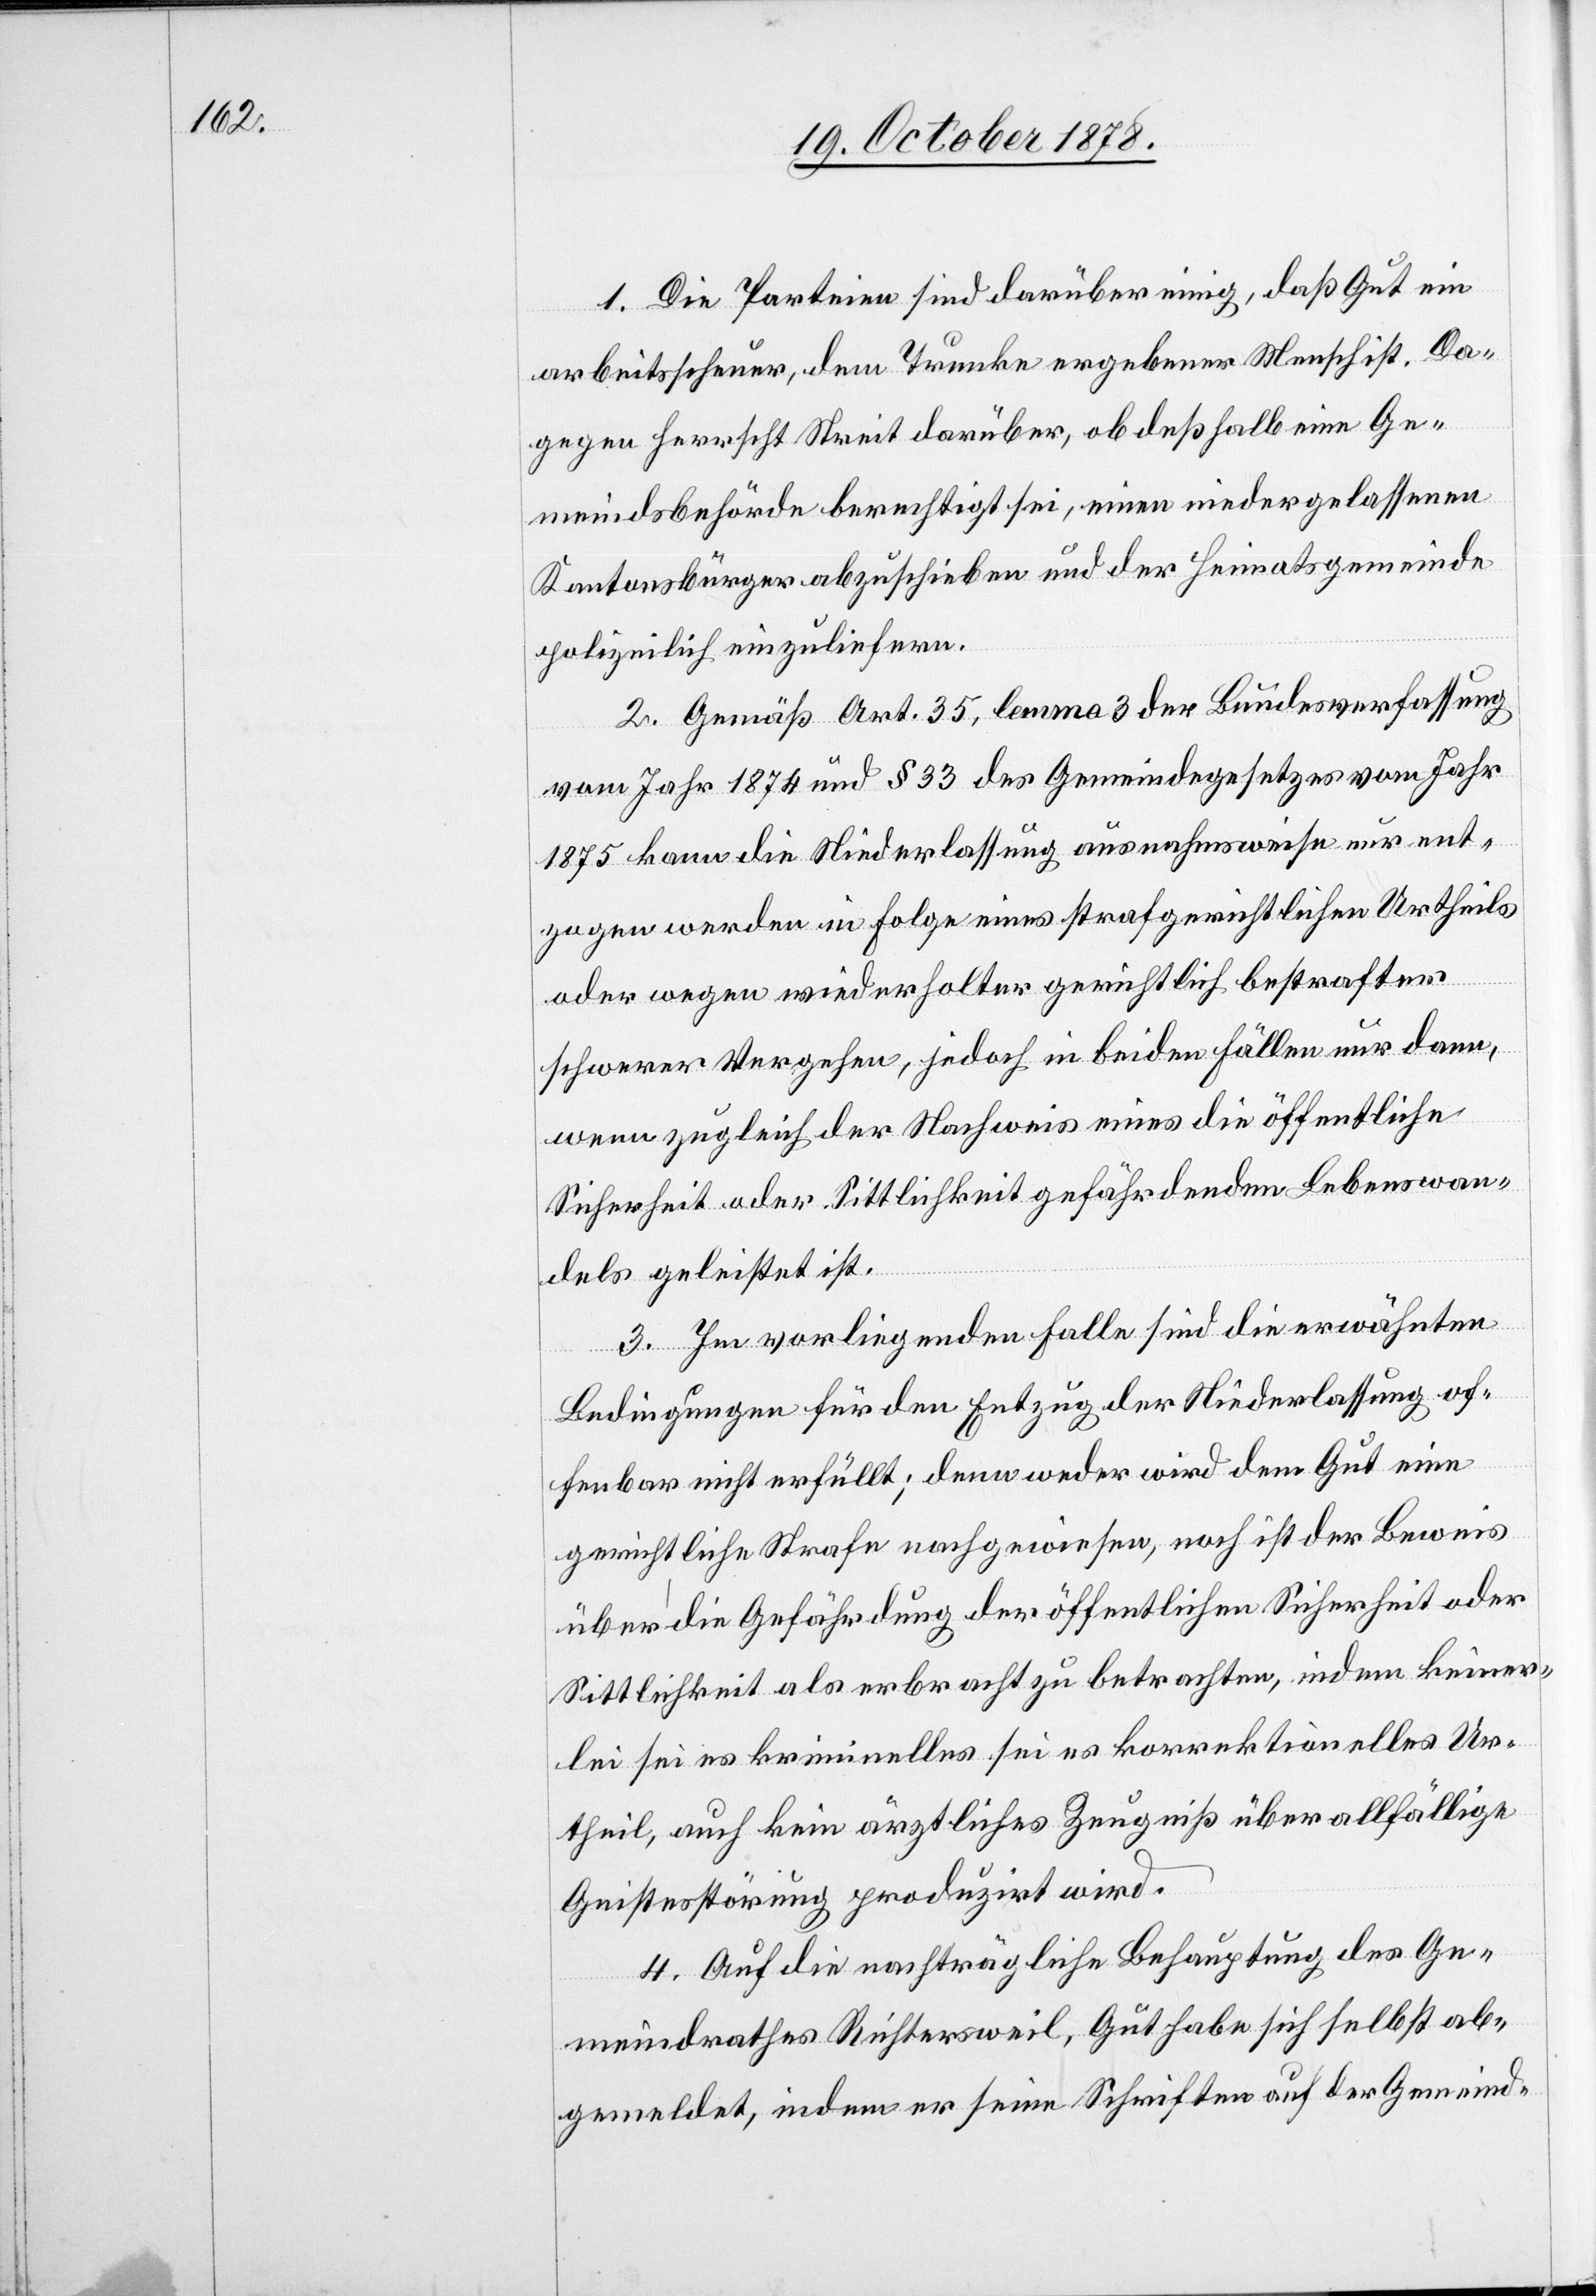
1. Die Parteien sind darüber einig, daß Gut ein
arbeitsscheuer, dem Trunke ergebener Mensch ist. Da¬
gegen herrscht Streit darüber, ob deßhalb eine Ge¬
meindsbehörde berechtigt sei, einen niedergelassenen
Kantonsbürger abzuschieben und der Heimatsgemeinde
polizeilich einzuliefern.
2. Gemäß Art. 35, lemma 3 der Bundesverfassung
vom Jahr 1874 und § 33 des Gemeindegesetzes vom Jahr
1875 kann die Niederlassung ausnahmsweise nur ent¬
zogen werden in Folge eines strafgerichtlichen Urtheils
oder wegen wiederholter gerichtlich bestrafter
schwerer Vergehen, jedoch in beiden Fällen nur dann,
wenn zugleich der Nachweis eines die öffentliche
Sicherheit oder Sittlichkeit gefährdenden Lebenswan¬
dels geleistet ist.
3. Im vorliegenden Falle sind die erwähnten
Bedingungen für den Entzug der Niederlassung of¬
fenbar nicht erfüllt; denn weder wird dem Gut eine
gerichtliche Strafe nachgewiesen, noch ist der Beweis
über die Gefährdung der öffentlichen Sicherheit oder
Sittlichkeit als erbracht zu betrachten, indem keiner¬
lei sei es kriminelles sei es korrektionelles Ur¬
theil, auch kein ärztliches Zeugniß über allfällige
Geistesstörung produzirt wird.
4. Auf die nachträgliche Behauptung des Ge¬
meindrathes Richtersweil, Gut habe sich selbst ab¬
gemeldet, indem er seine Schriften auf der Gemeind-